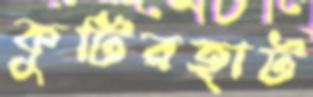
কুটিরহাট